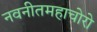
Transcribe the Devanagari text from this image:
नवनीतमहाचोरो